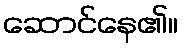
ဆောင်နေ၏။